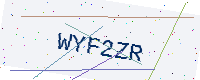
Text: WYF2ZR